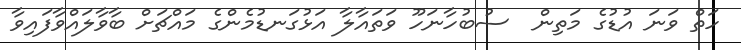
ހަތް ވަނަ އުޑުގެ މަތިން  ސުބުހާނަހޫ ވަތައާލާ އަޅުގަނޑުމެންގެ މައްޗަށް ބާވާލައްވާފައިވާ